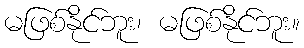
မဖြစ်နိုင်ဘူး၊ မဖြစ်နိုင်ဘူး။